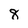
Character: 8